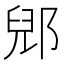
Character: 郳